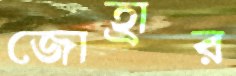
জোহ্রার